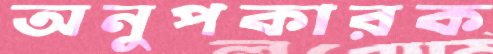
অনুপকারক